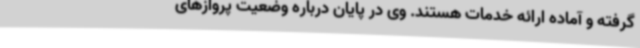
گرفته و آماده ارائه خدمات هستند. وی در پایان درباره وضعیت پروازهای